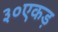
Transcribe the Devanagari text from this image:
३०एकड़